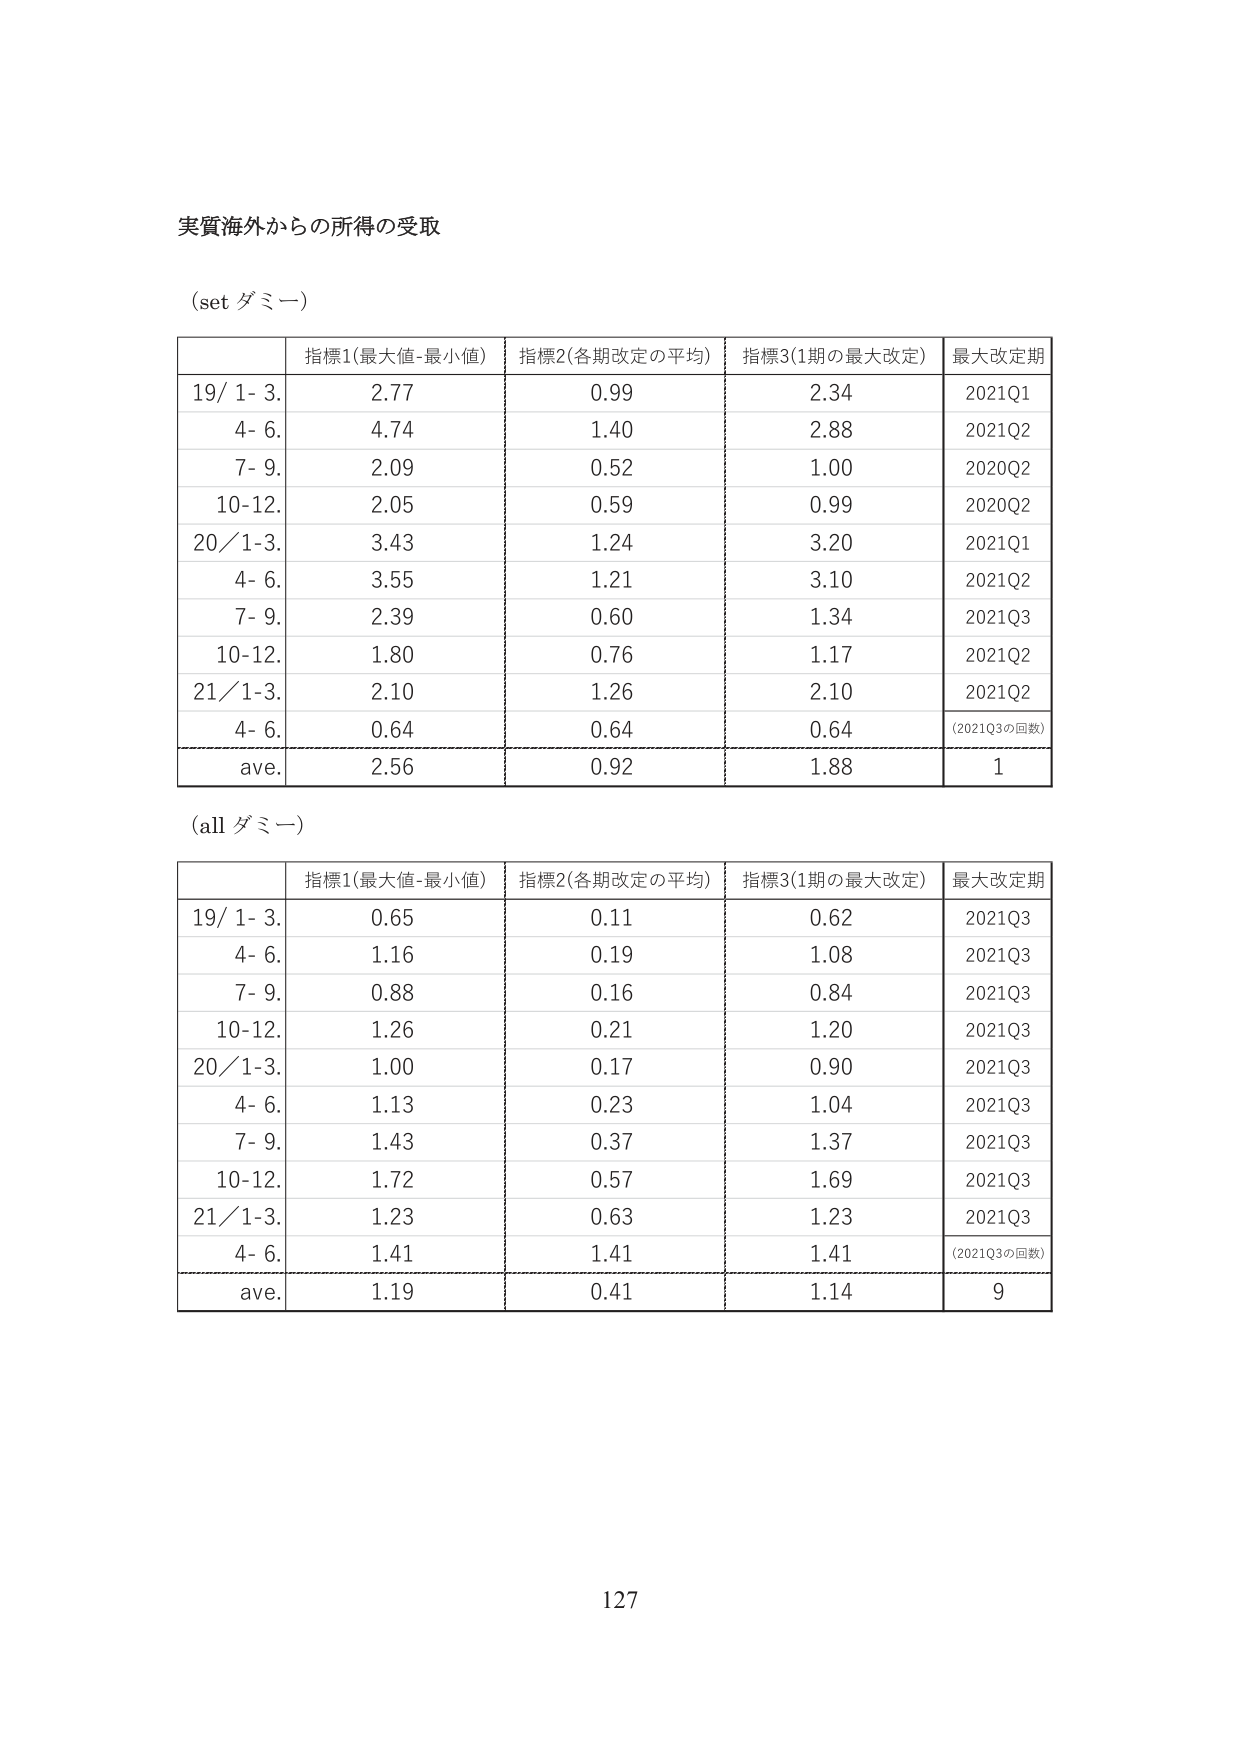
実質海外からの所得の受取

(set ダミー)

| | 指標1(最大値-最小値) | 指標2(各期改定の平均) | 指標3(1期の最大改定) | 最大改定期 |
|---|---|---|---|---|
| 19/ 1- 3. | 2.77 | 0.99 | 2.34 | 2021Q1 |
| 4- 6. | 4.74 | 1.40 | 2.88 | 2021Q2 |
| 7- 9. | 2.09 | 0.52 | 1.00 | 2020Q2 |
| 10-12. | 2.05 | 0.59 | 0.99 | 2020Q2 |
| 20/ 1-3. | 3.43 | 1.24 | 3.20 | 2021Q1 |
| 4- 6. | 3.55 | 1.21 | 3.10 | 2021Q2 |
| 7- 9. | 2.39 | 0.60 | 1.34 | 2021Q3 |
| 10-12. | 1.80 | 0.76 | 1.17 | 2021Q2 |
| 21/ 1-3. | 2.10 | 1.26 | 2.10 | 2021Q2 |
| 4- 6. | 0.64 | 0.64 | 0.64 | (2021Q3の回数) |
| ave. | 2.56 | 0.92 | 1.88 | 1 |

(all ダミー)

| | 指標1(最大値-最小値) | 指標2(各期改定の平均) | 指標3(1期の最大改定) | 最大改定期 |
|---|---|---|---|---|
| 19/ 1- 3. | 0.65 | 0.11 | 0.62 | 2021Q3 |
| 4- 6. | 1.16 | 0.19 | 1.08 | 2021Q3 |
| 7- 9. | 0.88 | 0.16 | 0.84 | 2021Q3 |
| 10-12. | 1.26 | 0.21 | 1.20 | 2021Q3 |
| 20/ 1-3. | 1.00 | 0.17 | 0.90 | 2021Q3 |
| 4- 6. | 1.13 | 0.23 | 1.04 | 2021Q3 |
| 7- 9. | 1.43 | 0.37 | 1.37 | 2021Q3 |
| 10-12. | 1.72 | 0.57 | 1.69 | 2021Q3 |
| 21/ 1-3. | 1.23 | 0.63 | 1.23 | 2021Q3 |
| 4- 6. | 1.41 | 1.41 | 1.41 | (2021Q3の回数) |
| ave. | 1.19 | 0.41 | 1.14 | 9 |

127